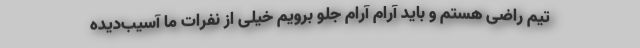
تیم راضی هستم و باید آرام آرام جلو برویم خیلی از نفرات ما آسیب‌دیده